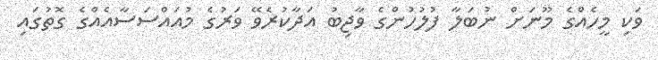
ވަކި މީހެއްގެ މޫނަށް ނުބަލާ ފުލުހުންގެ ވާޖިބު އަދާކުރެވޭ ވަރުގެ މުއައްސަސާއެއްގެ ގޮތުގައި